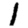
Digit: 1